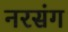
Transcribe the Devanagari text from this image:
नरसंग